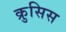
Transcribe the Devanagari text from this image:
क्रुसिस